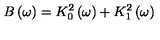
B \left( \omega \right) = K _ { 0 } ^ { 2 } \left( \omega \right) + K _ { 1 } ^ { 2 } \left( \omega \right)